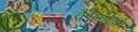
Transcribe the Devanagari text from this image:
कैलिग्राफ़ी